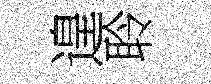
遑聆